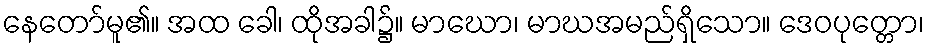
နေတော်မူ၏။ အထ ခေါ၊ ထိုအခါ၌။ မာဃော၊ မာဃအမည်ရှိသော။ ဒေဝပုတ္တော၊